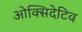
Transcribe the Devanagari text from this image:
ओक्सिदेटिव